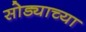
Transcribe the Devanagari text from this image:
सोड्याच्या